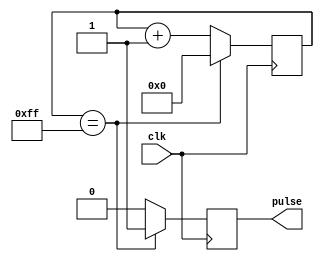
module Timing_control_block (
    input wire clk,
    output reg pulse
);

reg [7:0] counter;

parameter PERIOD = 8'hFF; // Predefined value for counter

always @(posedge clk) begin
    if (counter == PERIOD) begin
        pulse <= 1;
        counter <= 0;
    end else begin
        pulse <= 0;
        counter <= counter + 1;
    end
end

endmodule